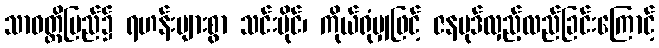
သာဝတ္ထိပြည်၌ ရဟန်းများစွာ သင်းပိုင်၊ ကိုယ်ရုံမျှဖြင့် ဇနပုဒ်လှည့်လည်ခြင်းကြောင့်